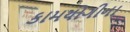
કામયોગીના